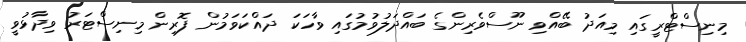
މިނިސްޓްރީގައި މިއަދު ބޭއްވި ނޫސްވެރިންގެ ބައްދަލުވުމުގައި ވާހަކަ ދައްކަވަމުން ފޮރިން މިނިސްޓަރު ވިދާޅުވީ